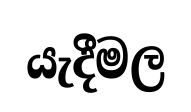
යැදීමල